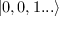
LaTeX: | 0 , 0 , 1 . . . \rangle